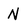
Character: N